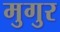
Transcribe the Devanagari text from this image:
मुगुर